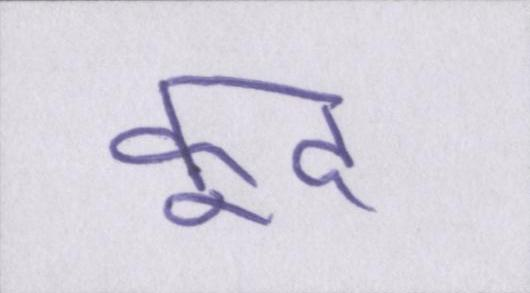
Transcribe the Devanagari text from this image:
कूद